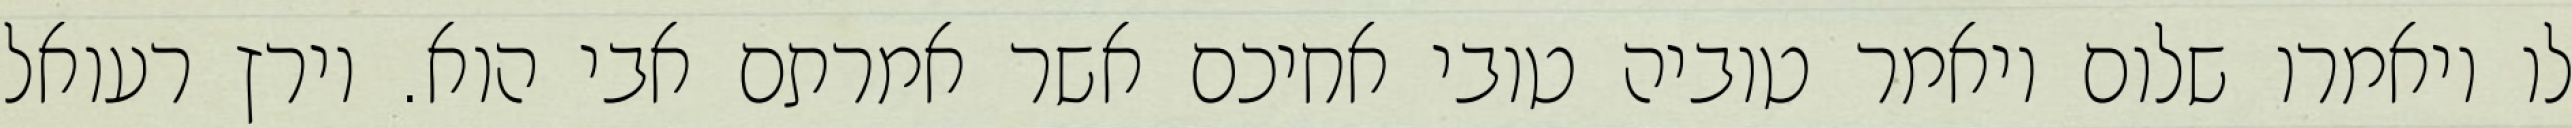
לו ויאמרו שלום ויאמר טוביה טובי אחיכם אשר אמרתם אבי הוא. וירץ רעואל